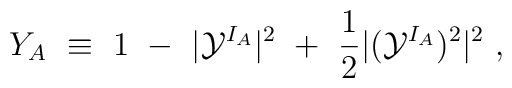
Y_A~\equiv~1~-~|{\cal Y}^{I_A}|^2~+~\frac12 |({\cal Y}^{I_A})^2|^2~,